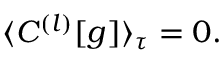
\langle C ^ { ( l ) } [ g ] \rangle _ { \tau } = 0 .